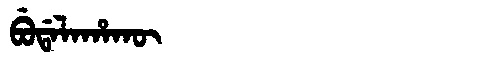
Manchu: ᠪᡠᡩᠠᠯᠠᡥᠠᡴᡡ
Romanization: BUDALAHAKŪ